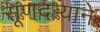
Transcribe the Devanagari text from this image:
सूणदर्‍याने